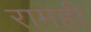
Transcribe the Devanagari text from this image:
रामही